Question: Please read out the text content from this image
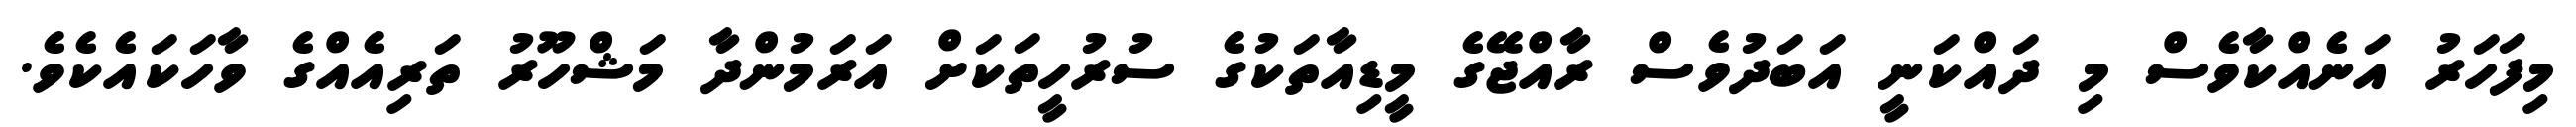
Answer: މިފަހަރު އަނެއްކާވެސް މި ދައްކަނީ އަބަދުވެސް ރާއްޖޭގެ މީޑިއާތަކުގެ ސުރުހީތަކަށް އަރަމުންދާ މަޝްހޫރު ތަރިއެއްގެ ވާހަކައެކެވެ.